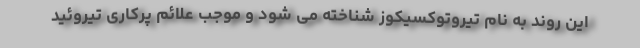
این روند به نام تیروتوکسیکوز شناخته می شود و موجب علائم پرکاری تیروئید